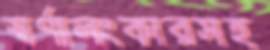
স্বর্ণালংকারসহ